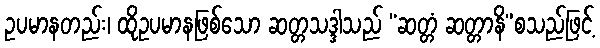
ဥပမာနတည်း၊ ထိုဥပမာနဖြစ်သော ဆတ္တသဒ္ဒါသည် “ဆတ္တံ ဆတ္တာနိ”စသည်ဖြင့်